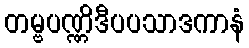
တမ္ဗပဏ္ဏိဒီပပသာဒကာနံ